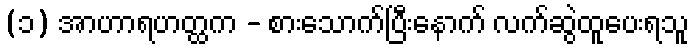
(၁) အာဟာရဟတ္ထက - စားသောက်ပြီးနောက် လက်ဆွဲထူပေးရသူ